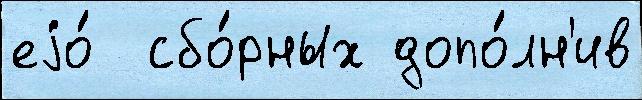
еjо́  сбо́рных допо́лн'ив